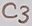
Text: C3